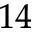
_ { 1 4 }